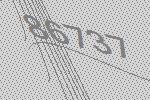
86737